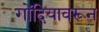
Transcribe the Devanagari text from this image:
गोंदियावरून